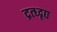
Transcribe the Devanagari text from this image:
द्रत्ध्दृद्य